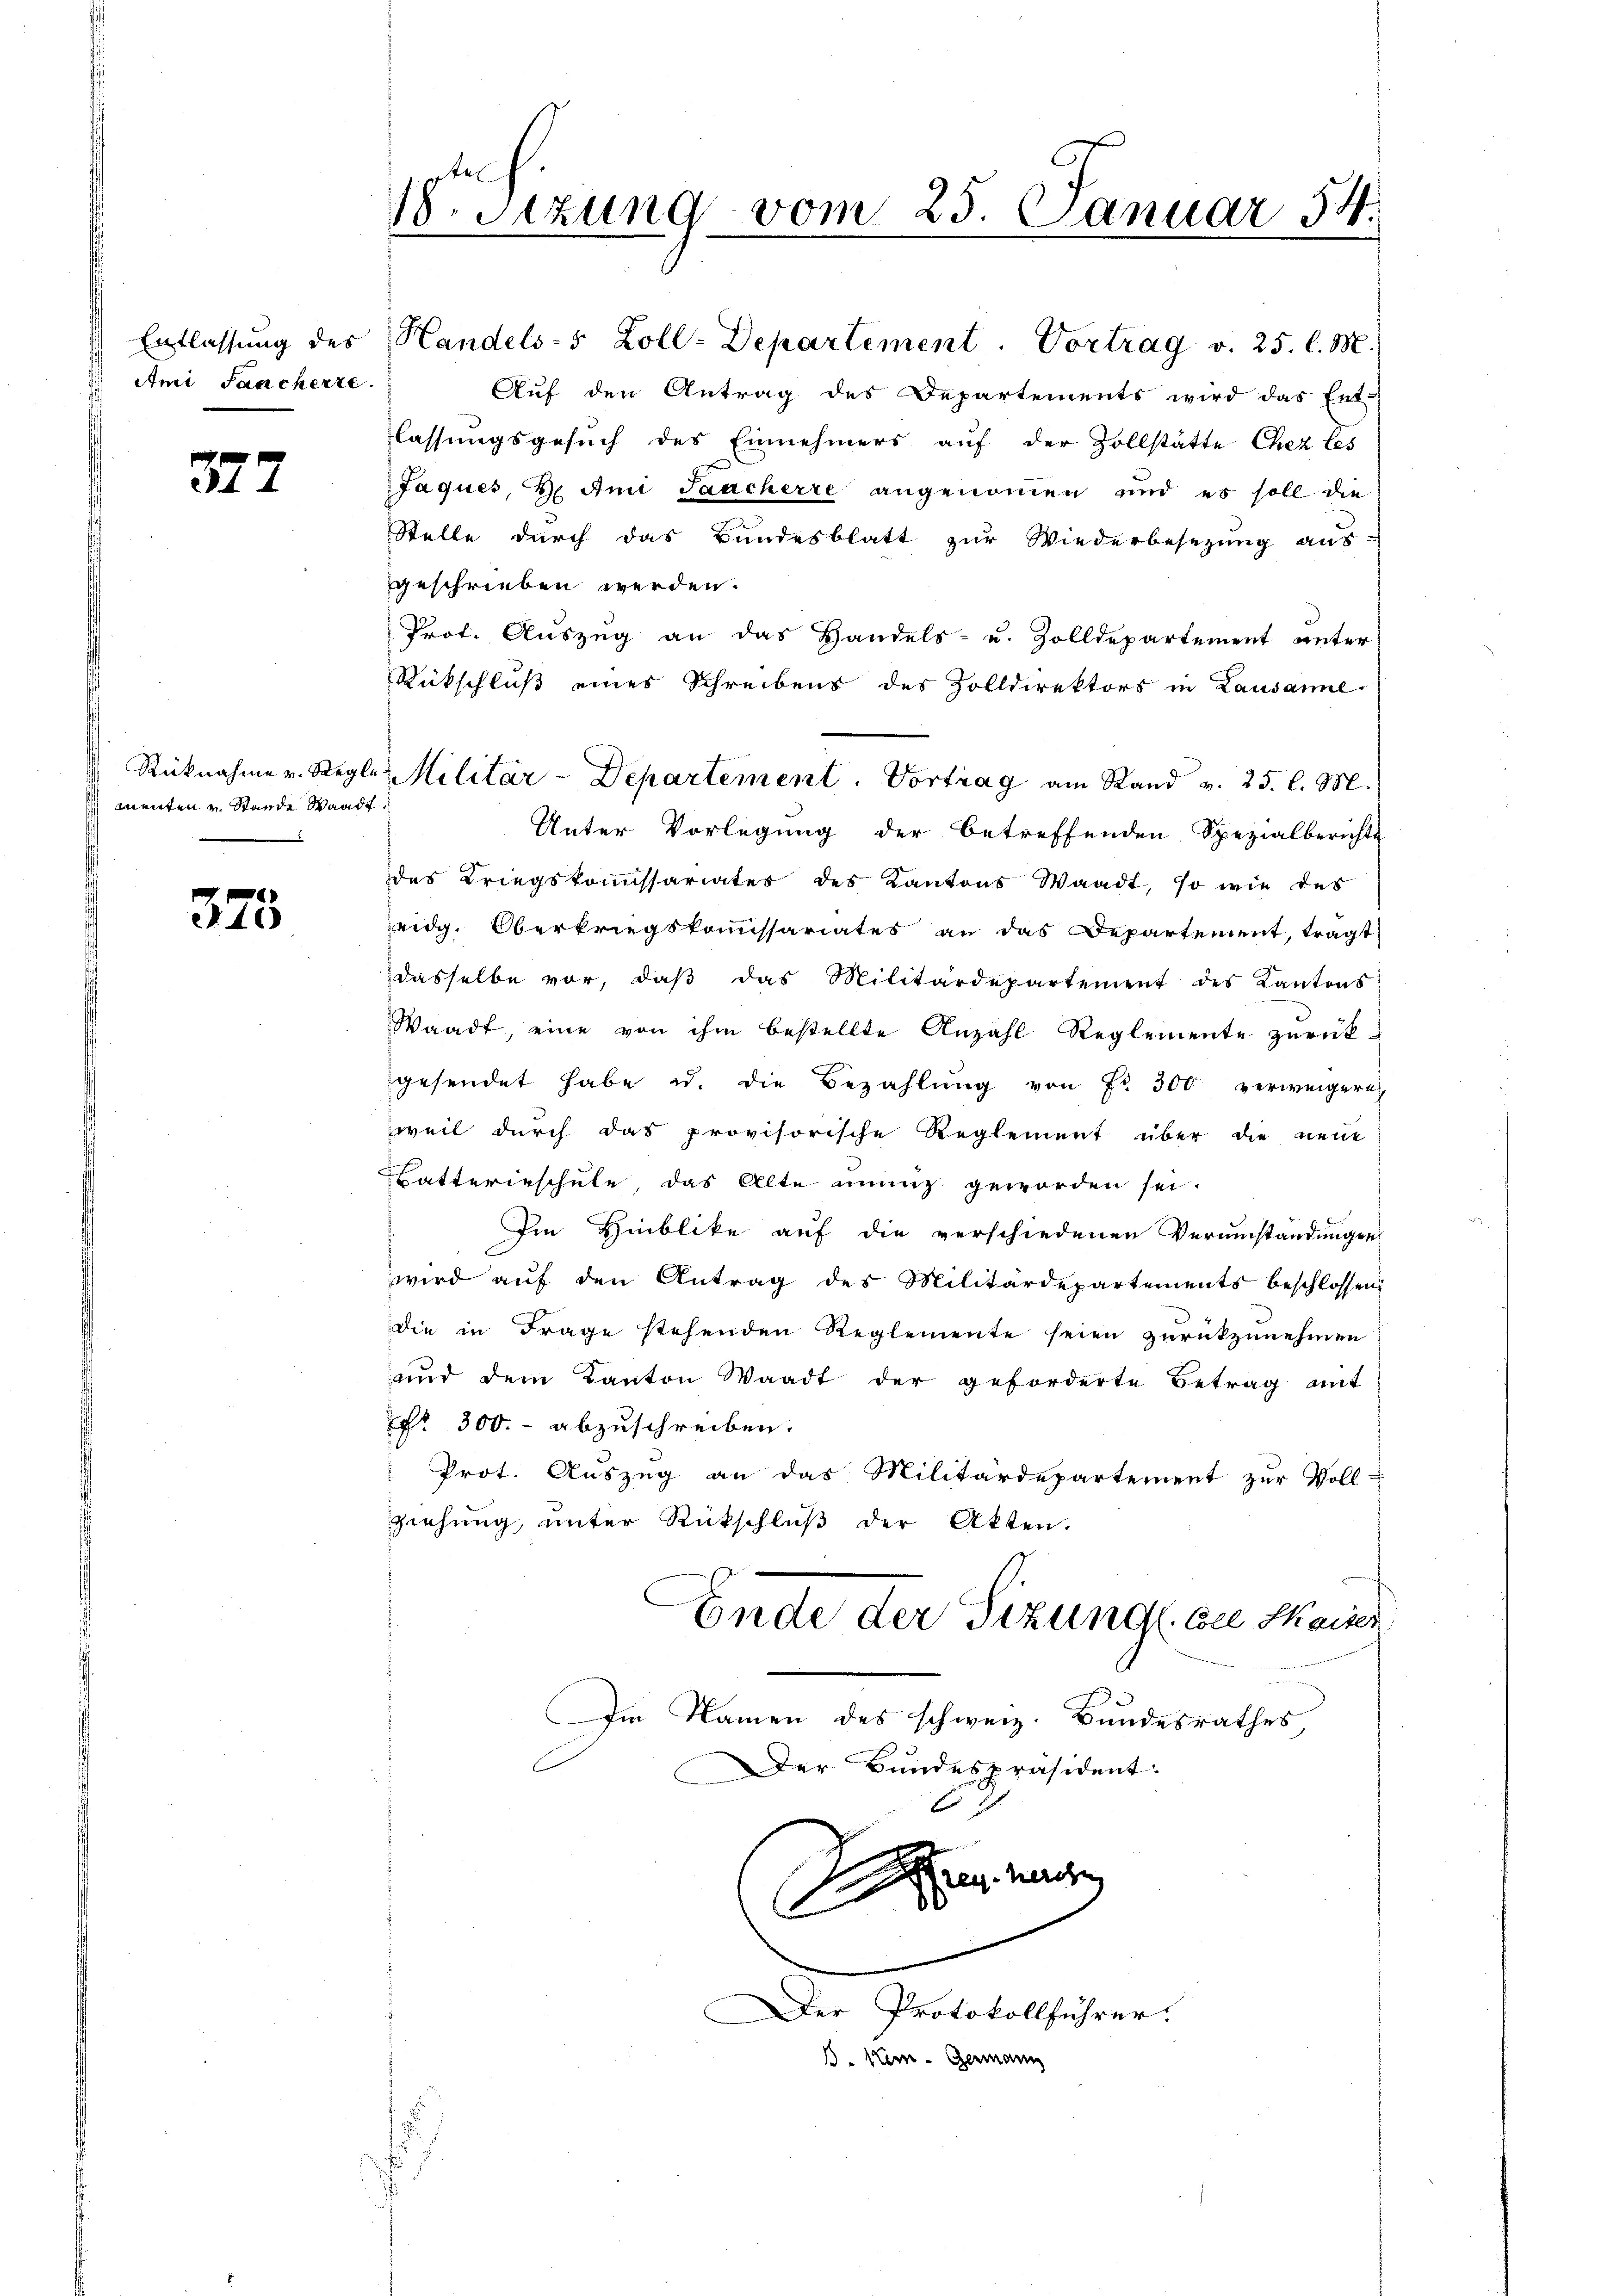
Entlassung des
Ami Sancherte

377

Rücknahme v. Regl
menten u. Stande Waadt

375

e
18. Sitzung vom 25. Januar 54.

Handels-5 Zoll-Departement. Vortrag v. 25. l. M.
Auf den Antrag des Departements wird das Ent-
lassungsgesuch des Einnehmers auf der Zollstätte Chez les
Jaques, d. Ami Sacherre angenommen und es soll die
Stelle durch das Bundesblatt zur Wiederbesezung aus-
geschrieben werden.
Prof. Auszug an das Handels- u. Zolldepartement unter
Rückschluß eines Schreibens des Zolldirektors in Lausanne
Unter Vorlegung der betreffenden Spezialberichte
des Kriegskommissariates des Kantons Waadt, so wie des
eidg, Oberkriegskommissariates an das Departement, trägt
dasselbe vor, daβ das Militärdepartement des Kantons
Waadt eine von ihm bestellte Anzahl Reglemente zurückgesendet habe u. die Bezahlung von Fr. 300 verweigern
weil durch das provisorische Reglement über die neue
Batterieschule das Alte einung geworden sei.
Im Hinblike auf die verschiedenen Verumständungen
wird auf den Antrag des Militärdepartements beschlossen:
die in Frage stehenden Reglemente seien zurückzunehmen
und dem Kanton Waadt der geforderte Betrag mit
Nr. 300.- abzuschreiben.
Prot. Auszug an das Militärdepartement zur Voll-
ziehung, unter Rückschluß der Akten.
Ende der Sizung l. Cie Maiser.
Im Namen des schweiz. Bundesrathes,
Der Bundespräsident:
Aren herren
2

e: Militär-Departement. Vortrag am Stand v. 25. l. M.

C

.
Der Protokollführer.
B. kam - Germann